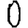
Digit: 0